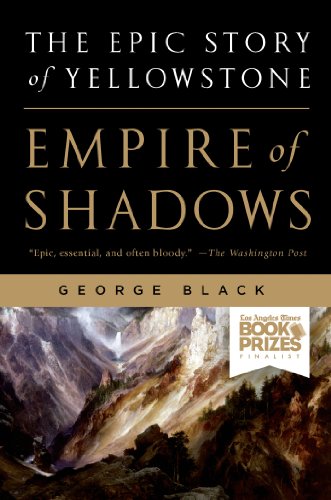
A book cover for Empire of Shadows: The Epic Story of Yellowstone; George Black; Travel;